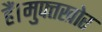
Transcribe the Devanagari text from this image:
हैं।मुफ्तखोर